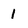
Character: 1